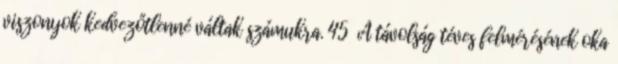
viszonyok kedvezőtlenné váltak számukra. 45 A távolság téves felmérésének oka